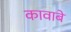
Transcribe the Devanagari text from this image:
कावाबे